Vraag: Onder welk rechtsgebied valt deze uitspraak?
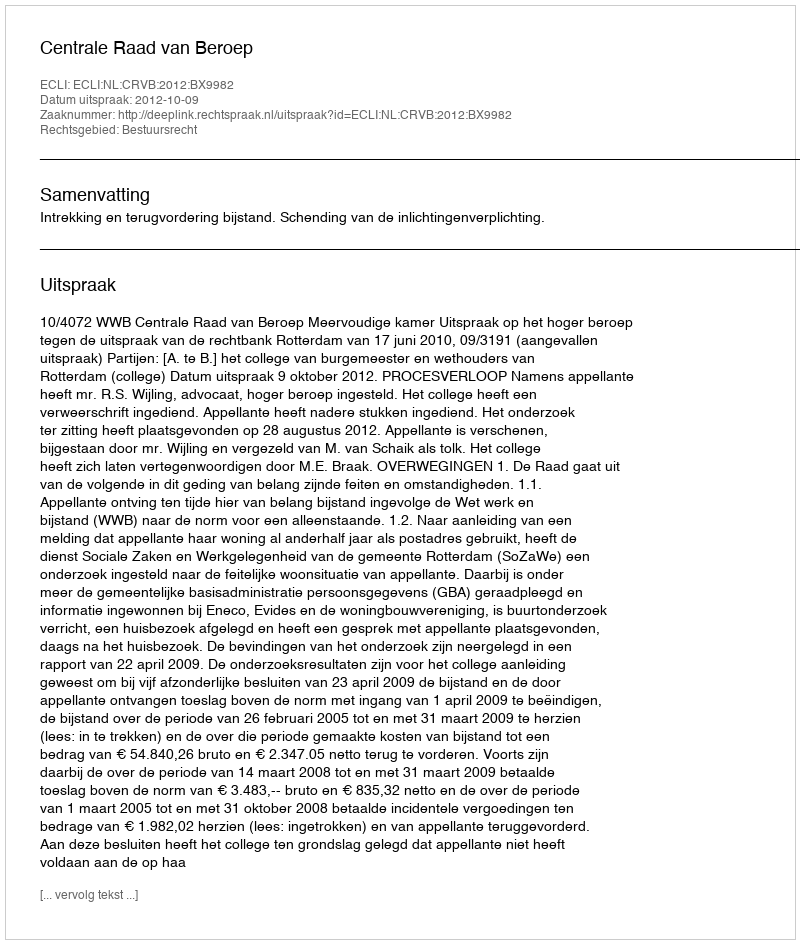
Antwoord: Bestuursrecht